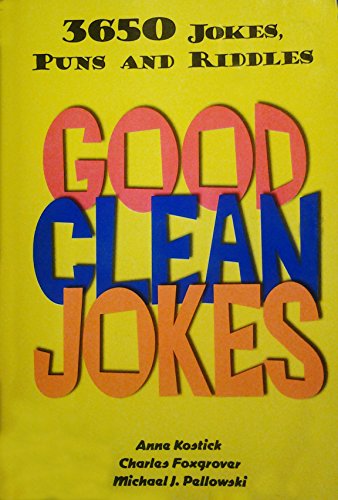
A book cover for Good Clean Jokes: 3650 Jokes, Puns and Riddles (3650 Jokes, Puns and Riddles); Anne Kostick; Humor & Entertainment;